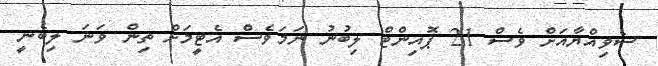
ސެވިއްޔާއަށް ވެސް 21 ޕޮއިންޓް ލިބުނު ނަމަވެސް އެޓީމަށް ތިން ވަނަ ލިބެނީ